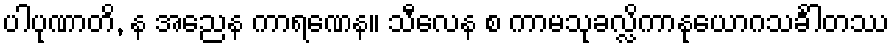
ပါပုဏာတိ, န အညေန ကာရဏေန။ သီလေန စ ကာမသုခလ္လိကာနုယောဂသင်္ခါတဿ